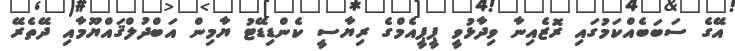
އޭގެ ސަބަބެއްކަމުގައި ރޮޒެއިނާ ވިދާޅުވީ ޕީޕީއެމްގެ ރިޔާސީ ކެންޑިޑޭޓު ޔާމިން އަބްދުލްޤައްޔޫމާއި ދޭތެރޭ